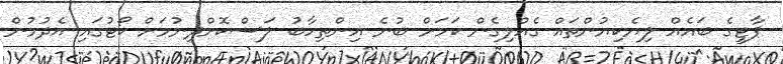
ޕާޓީގެ ބައެއް ލިޔެކިޔުންތައް ގެއްލިގެން ކަމަށް ބުނެ އިންތިހާބު ލަސްކޮށްދިނުމަށް ކޯޓުގައި އެދުމުން